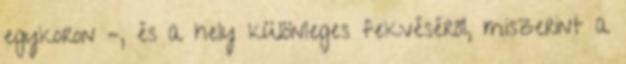
egykoron –, és a hely különleges fekvéséről, miszerint a